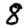
Digit: 8